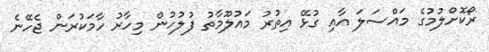
ރޯކޮށްލުމުގެ މައްސަލަ އާއި ގުޅޭ އިތުރު މައުލޫމާތު ފުލުހުން މިހާރު ހާމަކުރަން ޖެހޭނެ